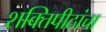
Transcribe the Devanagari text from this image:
शक्तिपीठांचा